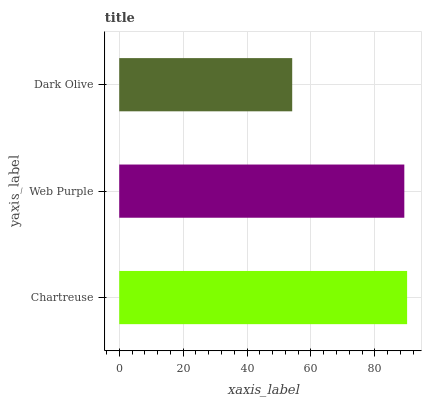
| yaxis_label | bars |
 | --- | --- |
 | Chartreuse | 90.1 |
 | Web Purple | 89.2 |
 | Dark Olive | 54.1 |